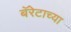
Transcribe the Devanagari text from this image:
बॅरेटाच्या